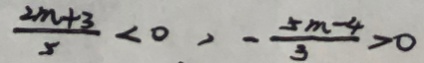
\frac { 2 m + 3 } { 5 } < 0 , - \frac { 5 m - 4 } { 3 } > 0